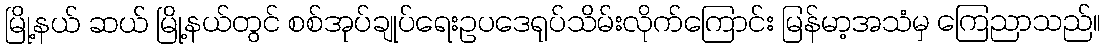
မြို့နယ် ဆယ် မြို့နယ်တွင် စစ်အုပ်ချုပ်ရေးဥပဒေရုပ်သိမ်းလိုက်ကြောင်း မြန်မာ့အသံမှ ကြေညာသည်။